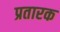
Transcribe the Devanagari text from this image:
प्रतारक